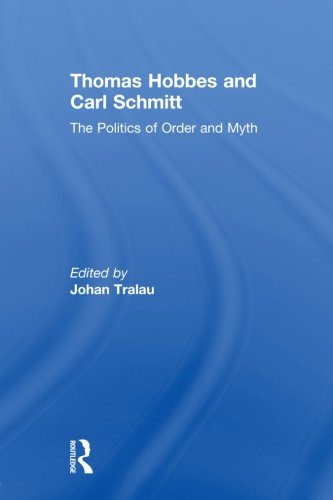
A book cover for Thomas Hobbes and Carl Schmitt: The Politics of Order and Myth; Business & Money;